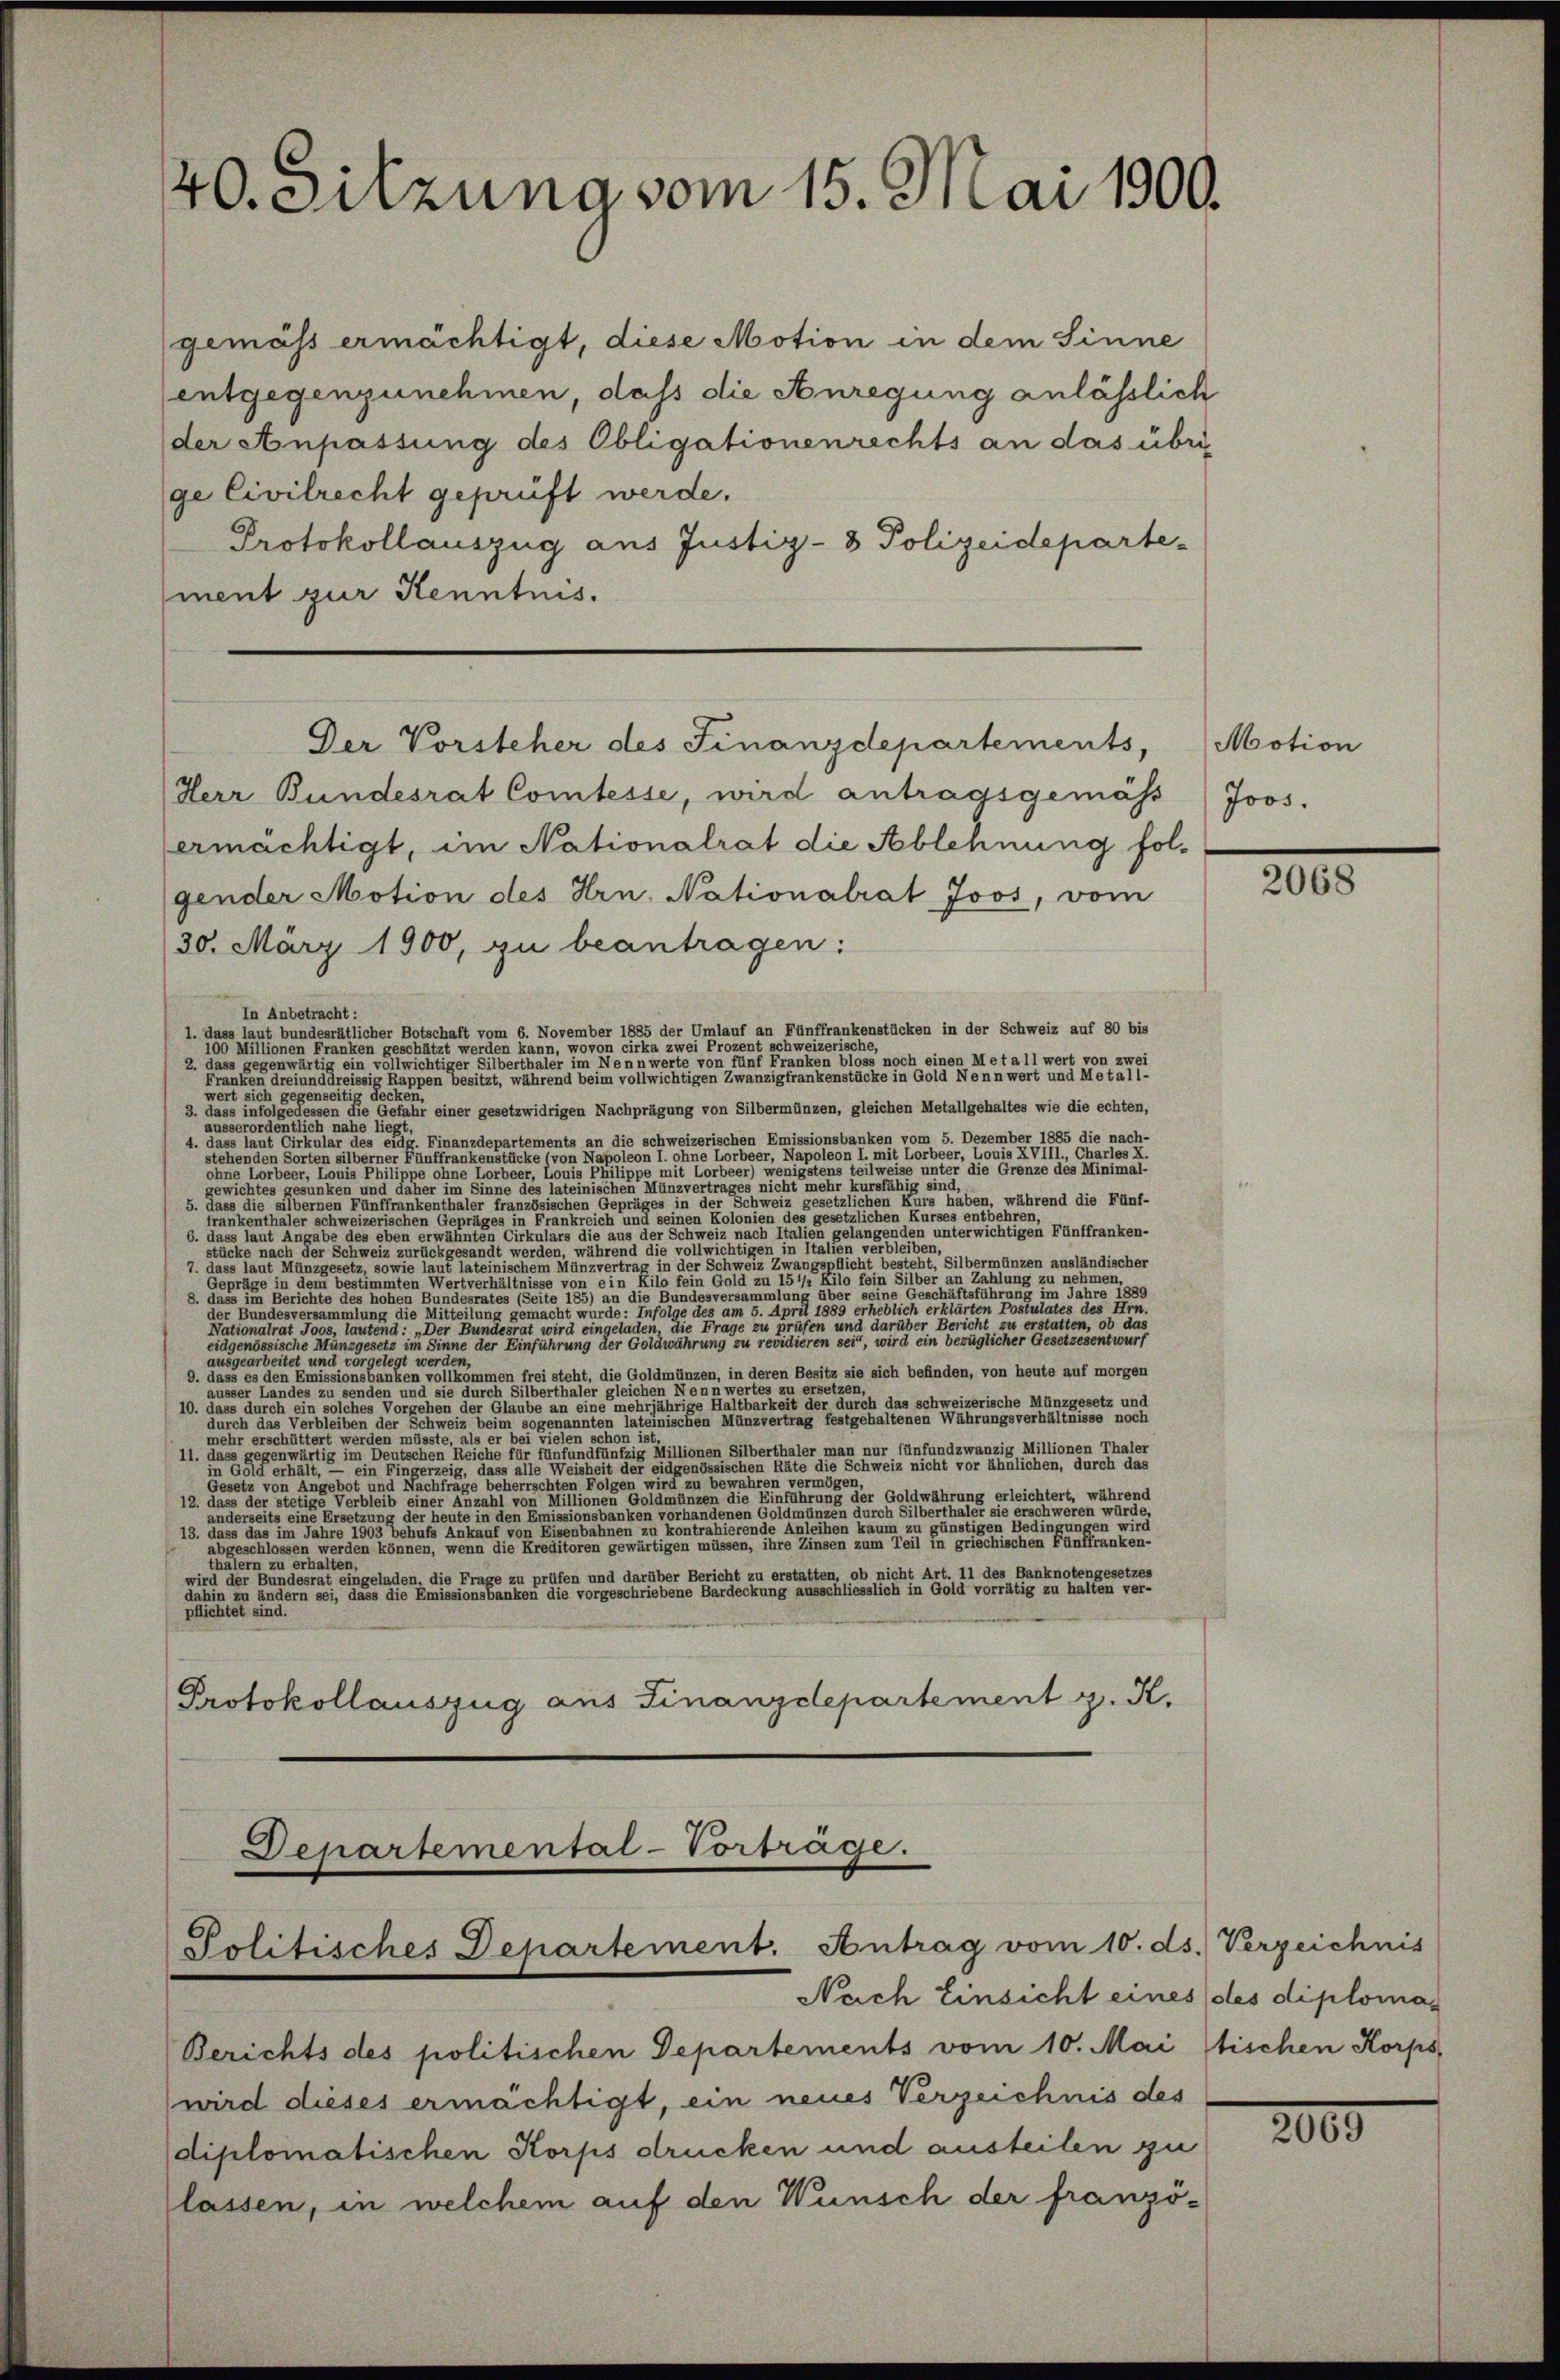
40. Sitzung vom 15. Mai 1900.

gemäss ermächtigt, diese Motion in dem Sinne
entgegenzunehmen, daß die Anregung anläßlich
der Anpassung des Obligationenrechts an das übri-
ge Civilrecht geprüft werde.
Protokollauszug aus Justiz- & Polizeideparte-
ment zur Kenntnis.
Herr Bundesrat Comtesse, wird antragsgemäß
ermächtigt, im Nationalrat die Ablehnung fol-
gender Motion des Hrn. Nationalrat Joos, vom
30. März 1900, zu beantragen:
In Anbetracht:
1. dass laut bundesrätlicher Botschaft vom 6. November 1885 der Umlauf an Fünffrankenstücken in der Schweiz auf 80 bis
100 Millionen Franken geschätzt werden kann, wovon cirka zwei Prozent schweizerische,
dass Gegenwärtig ein vollwichtiger Silberthaler im Nennwerte von fünf Franken bloss noch einen Metall wert von zwei
Franken dreiunddreissig Rappen besitzt, während beim vollwichtigen Zwanzigfrankenstücke in Gold Nenn wert und Metall-
wert sich gegenseitig decken.
3. dass infolgedessen die Gefahr einer gesetzwidrigen Nachprägung von Silbermünzen, gleichen Metallgehaltes wie die echten,
ausserordentlich nahe liegt,
4. dass laut Cirkular des eidg. Finanzdepartements an die schweizerischen Emissionsbanken vom 5. Dezember 1885 die nach-
stehenden Sorten silberner Fünffrankenstücke (von Napoléon I. ohne Lorbeer, Napoleon I. mit Lorbeer, Louis XVIII., Charles X
öhne Lorbeer. Louis Philippe ohne Lorbeer, Louis Philippe mit Lorbeer) wenigstens teilweise unter die Grenze des Minimal-
gewichtes gesunken und daher im Sinne des lateinischen Münzvertrages nicht mehr kursfähig sind,
5. dass die silbernen Fünffrankenthaler französischen Gepräges in der Schweiz gesetzlichen Kurs haben, während die Fünf-
fränkenthaler schweizerischen einen Gegen in Frankreich und seinen Kolonien des gesetzlichen Kurses entbehren,
6. dass laut Angabe des eben erwähnten Cirkulars die aus der Schweiz nach Italien gelangenden unterwichtigen Fünffranken-
stücke nach der Schweiz zurückgesandt werden, während die vollwichtigen in Italien verbleiben
7. dass laut Münzgesetz, sowie laut lateinischem Münzvertrag in der Schweiz Zwangsoflicht besteht, Silbermünzen ausländischer
Gepräge in dem bestimmten Wertverhältnisse von ein Kilo fein Gold zu 15 1/2 Kilo fein Silber an Zahlung zu nehmen,
                                                                                                        1890
e Hundesversammlung die Mittheilte einen gegen gemacht wurde. Infolge des am 5. April 1889 erheblich erklärten Postulates des Hrn.
Nationalrat Joos, lautend : „Der Bundesrat wird eingeladen, die Frage zu prüfen und darüber Bericht zu erstatten, ob das
 e g seine neue es sie sichen Münzgesetz im Sinne der Einführung der Goldwährung zu revidieren sei, wird ein bezüglicher Gesetzesentwurf
ausgearbeitet, und der einer gelegt werde eine
9. dass es den Emissionsbanken vollkommen frei steht, die Goldmünzen, in deren Besitz sie sich befinden, von heute auf morgen
usser Landes zu senden und sie durch Silberthaler gleichen Nennwertes zu ersetzen,
10. dass durch ein solches Vorgehen der Glaube an eine mehrjährige Haltbarkeit der durch das schweizerische Münzgesetz und
durch das Verbleiben der Schweiz beim sogenannten lateinischen Münzvertrag festgehaltenen Währungsverhältnisse noch
mehr erschüttert werden müsste, als er bei Vielen schon ist,
11. das regenwärtig im Deutschen Reiche für fünfund fünftige Millionen Silberthaler man nur fünfundzwanzig Millionen Thaler

Gesetz von Angebot und Nachfräge beherrschten Folgen wir zu bewahren vermögen.
                                                         oderungen die Einführung der Goldwährung erleichtert, während
12. dass der stetig
anderseits eine Ersetzung der heute in den Emissionsbänken vorhandenen Goldmünzen durch Silberthaler sie erschweren würde,
13. dass das im Jahre 1903 behufs Ankauf von Eisenbahnen zu kontrahierende Anleihen kaum zu günstigen Bedingungen wir
abgeschlossen werden können, wenn die Kreditoren gewärtigen müssen, ihre Zinsen zum Teil in griechischen Fünffranken-
thälern zu erhalten,
wird der Bundesrat eingeladen die Frage zu prüfen und darüber Bericht zu erstatten, ob nicht Art. 11 des Banknotengesetzes
dahin zu ändern sei, dass die Emissionsbanken die vorgeschriebene Bardeckung ausschliesslich in Gold vorrätig zu halten ver-
ieen einen eine
Protokollauszug aus Finanzdepartement z. K.

Der Vorsteher des Finanzdepartements,

Departemental-Vorträge.
Politisches Departement. Antrag vom 10. ds. Verzeichnis

Berichts des politischen Departements vom 10. Mai stischen Korps,
wird dieses ermächtigt, ein neues Verzeichnis des
diplomatischen Korps drücken und austeilen zu
lassen, in welchem auf den Wünsch der franzö-

Motion
Joos.

2068

Nach Einsicht eines des diploma¬

2000